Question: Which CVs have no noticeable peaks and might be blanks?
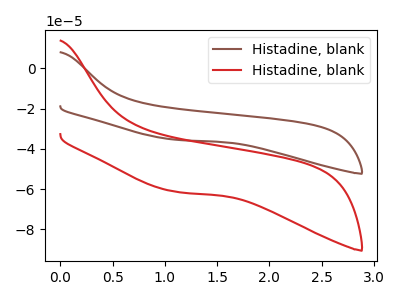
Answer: <think>The brown curve "Histadine, blank1" has no peaks. The red curve "Histadine, blank2" has no peaks.</think>
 <answer>"Histadine, blank1" and "Histadine, blank2" are likely to be blanks.</answer>
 <eval>"Histadine, blank1", "Histadine, blank2"</eval>